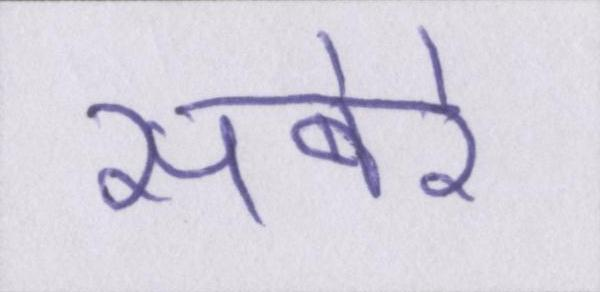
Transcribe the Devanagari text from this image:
सबेरे